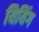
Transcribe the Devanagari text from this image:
यियिंग